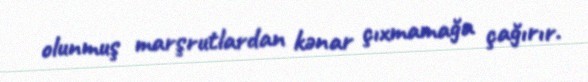
olunmuş marşrutlardan kənar çıxmamağa çağırır.